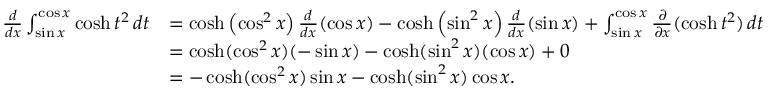
{ \begin{array} { r l } { { \frac { d } { d x } } \int _ { \sin x } ^ { \cos x } \cosh t ^ { 2 } \, d t } & { = \cosh \left( \cos ^ { 2 } x \right) { \frac { d } { d x } } ( \cos x ) - \cosh \left( \sin ^ { 2 } x \right) { \frac { d } { d x } } ( \sin x ) + \int _ { \sin x } ^ { \cos x } { \frac { \partial } { \partial x } } ( \cosh t ^ { 2 } ) \, d t } \\ & { = \cosh ( \cos ^ { 2 } x ) ( - \sin x ) - \cosh ( \sin ^ { 2 } x ) ( \cos x ) + 0 } \\ & { = - \cosh ( \cos ^ { 2 } x ) \sin x - \cosh ( \sin ^ { 2 } x ) \cos x . } \end{array} }